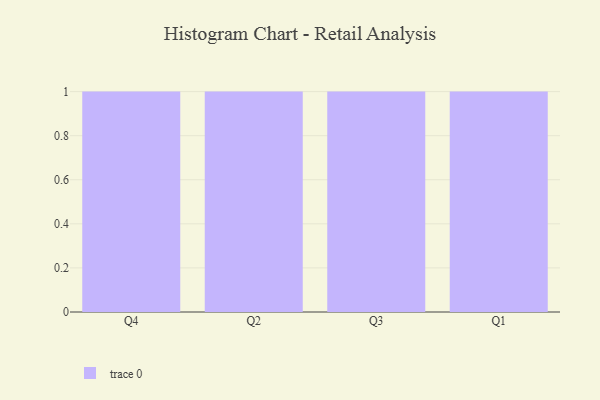
{"axis": {"x": "Quarter", "y": "Production Output"}, "legend": [""], "data": [{"x": "Q4", "y": 5, "type": ""}, {"x": "Q2", "y": 69, "type": ""}, {"x": "Q3", "y": 24, "type": ""}, {"x": "Q1", "y": 6, "type": ""}]}